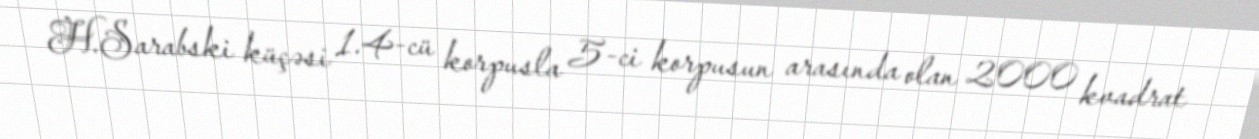
H.Sarabski küçəsi 1.4-cü korpusla 5-ci korpusun arasında olan 2000 kvadrat